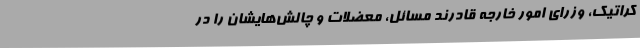
کراتیک، وزرای امور خارجه قادرند مسائل، معضلات و چالش‌هایشان را در